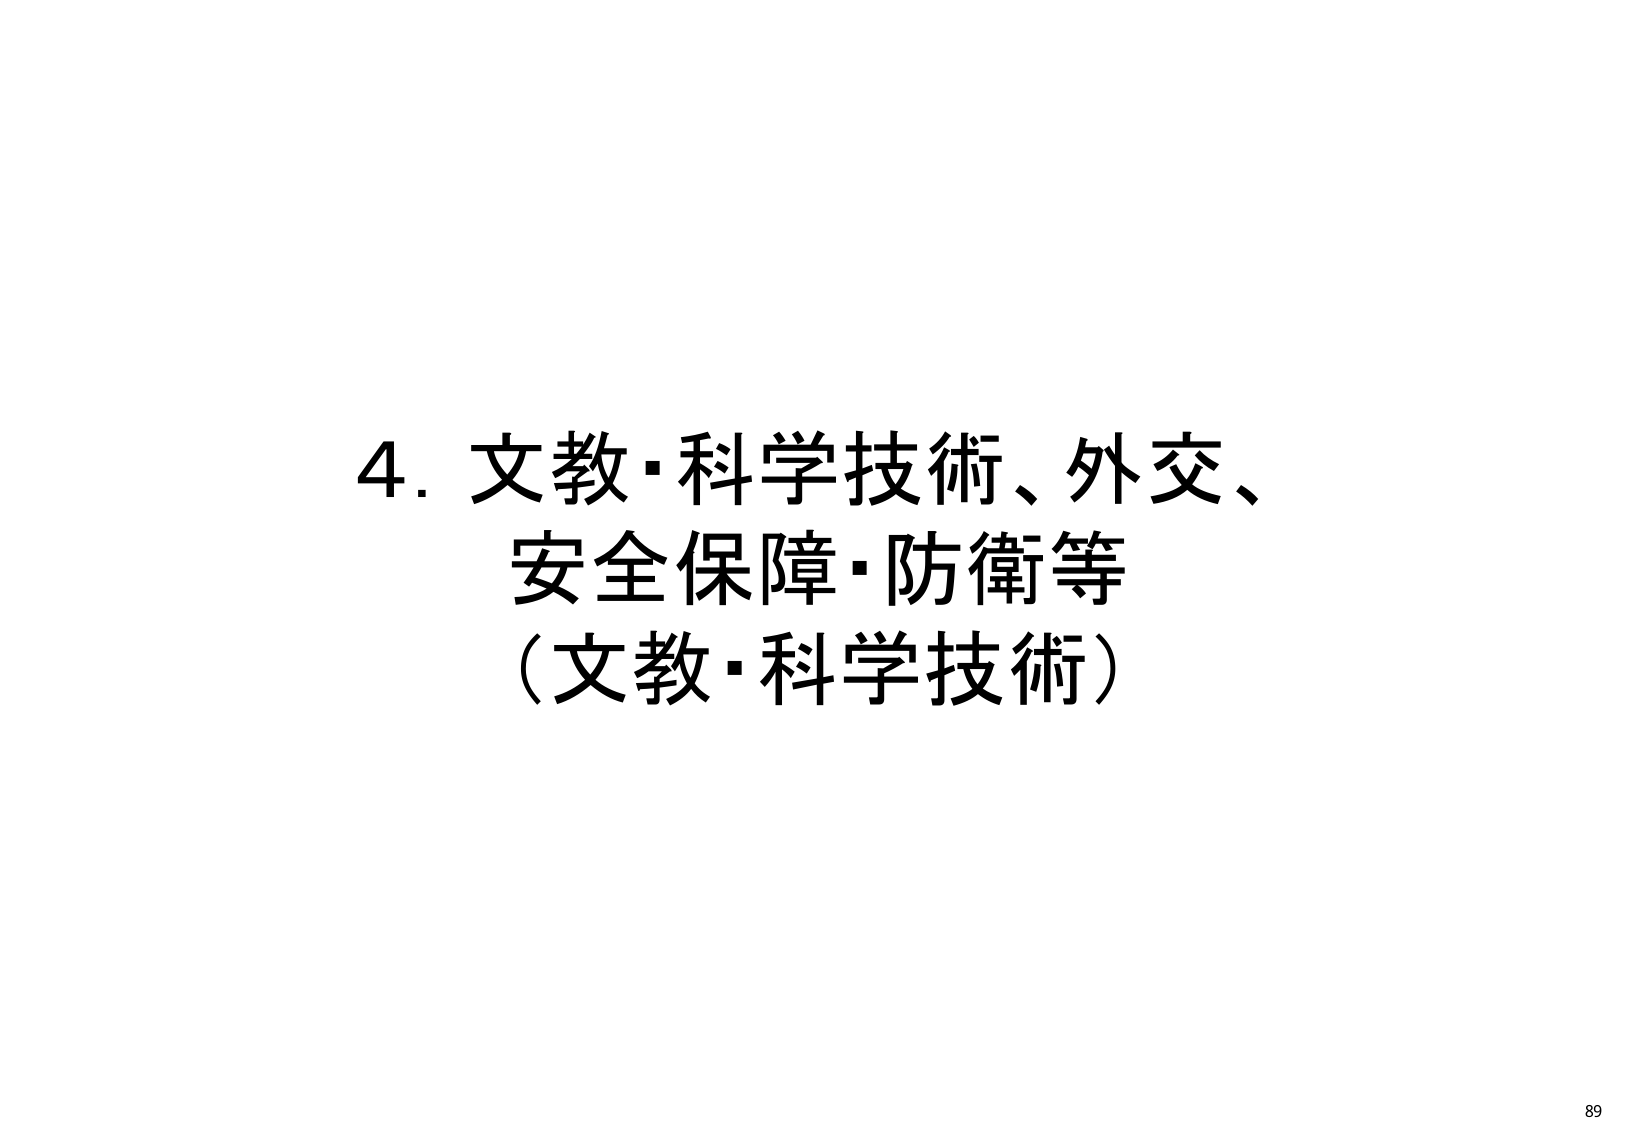
4. 文教・科学技術、外交、
安全保障・防衛等
（文教・科学技術）
89